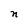
Character: n